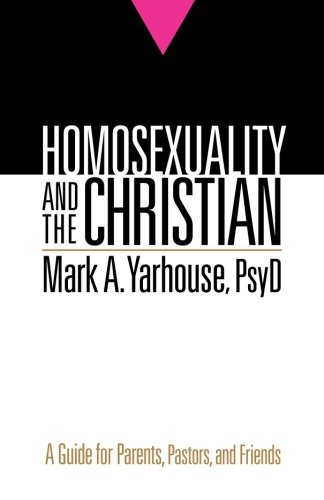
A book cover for Homosexuality and the Christian: A Guide for Parents, Pastors, and Friends; Mark A Yarhouse; Christian Books & Bibles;